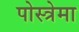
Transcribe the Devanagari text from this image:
पोस्त्रेमा